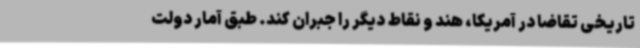
تاریخی تقاضا در آمریکا، هند و نقاط دیگر را جبران کند. طبق آمار دولت